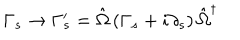
LaTeX: \Gamma _ { s } \rightarrow \Gamma _ { s } ^ { \prime } = \hat { \Omega } \left( \Gamma _ { s } + i \partial _ { s } \right) \hat { \Omega } ^ { \dagger }